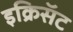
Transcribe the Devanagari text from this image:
इक्रिसॅट